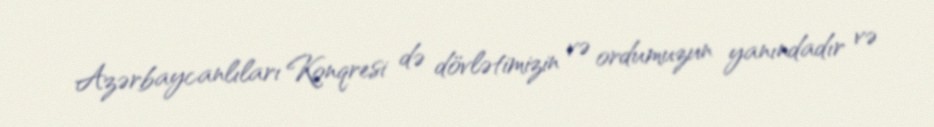
Azərbaycanlıları Konqresi də dövlətimizin və ordumuzun yanındadır və